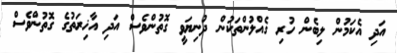
އަދި އެކަމުން ލިބެން ހުރި ގެއްލުންތަކުން ދުނިޔަވީ ގޮތުންވެސް އަދި އާޚިރަތުގެ ގޮތުންވެސް